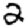
Digit: 2